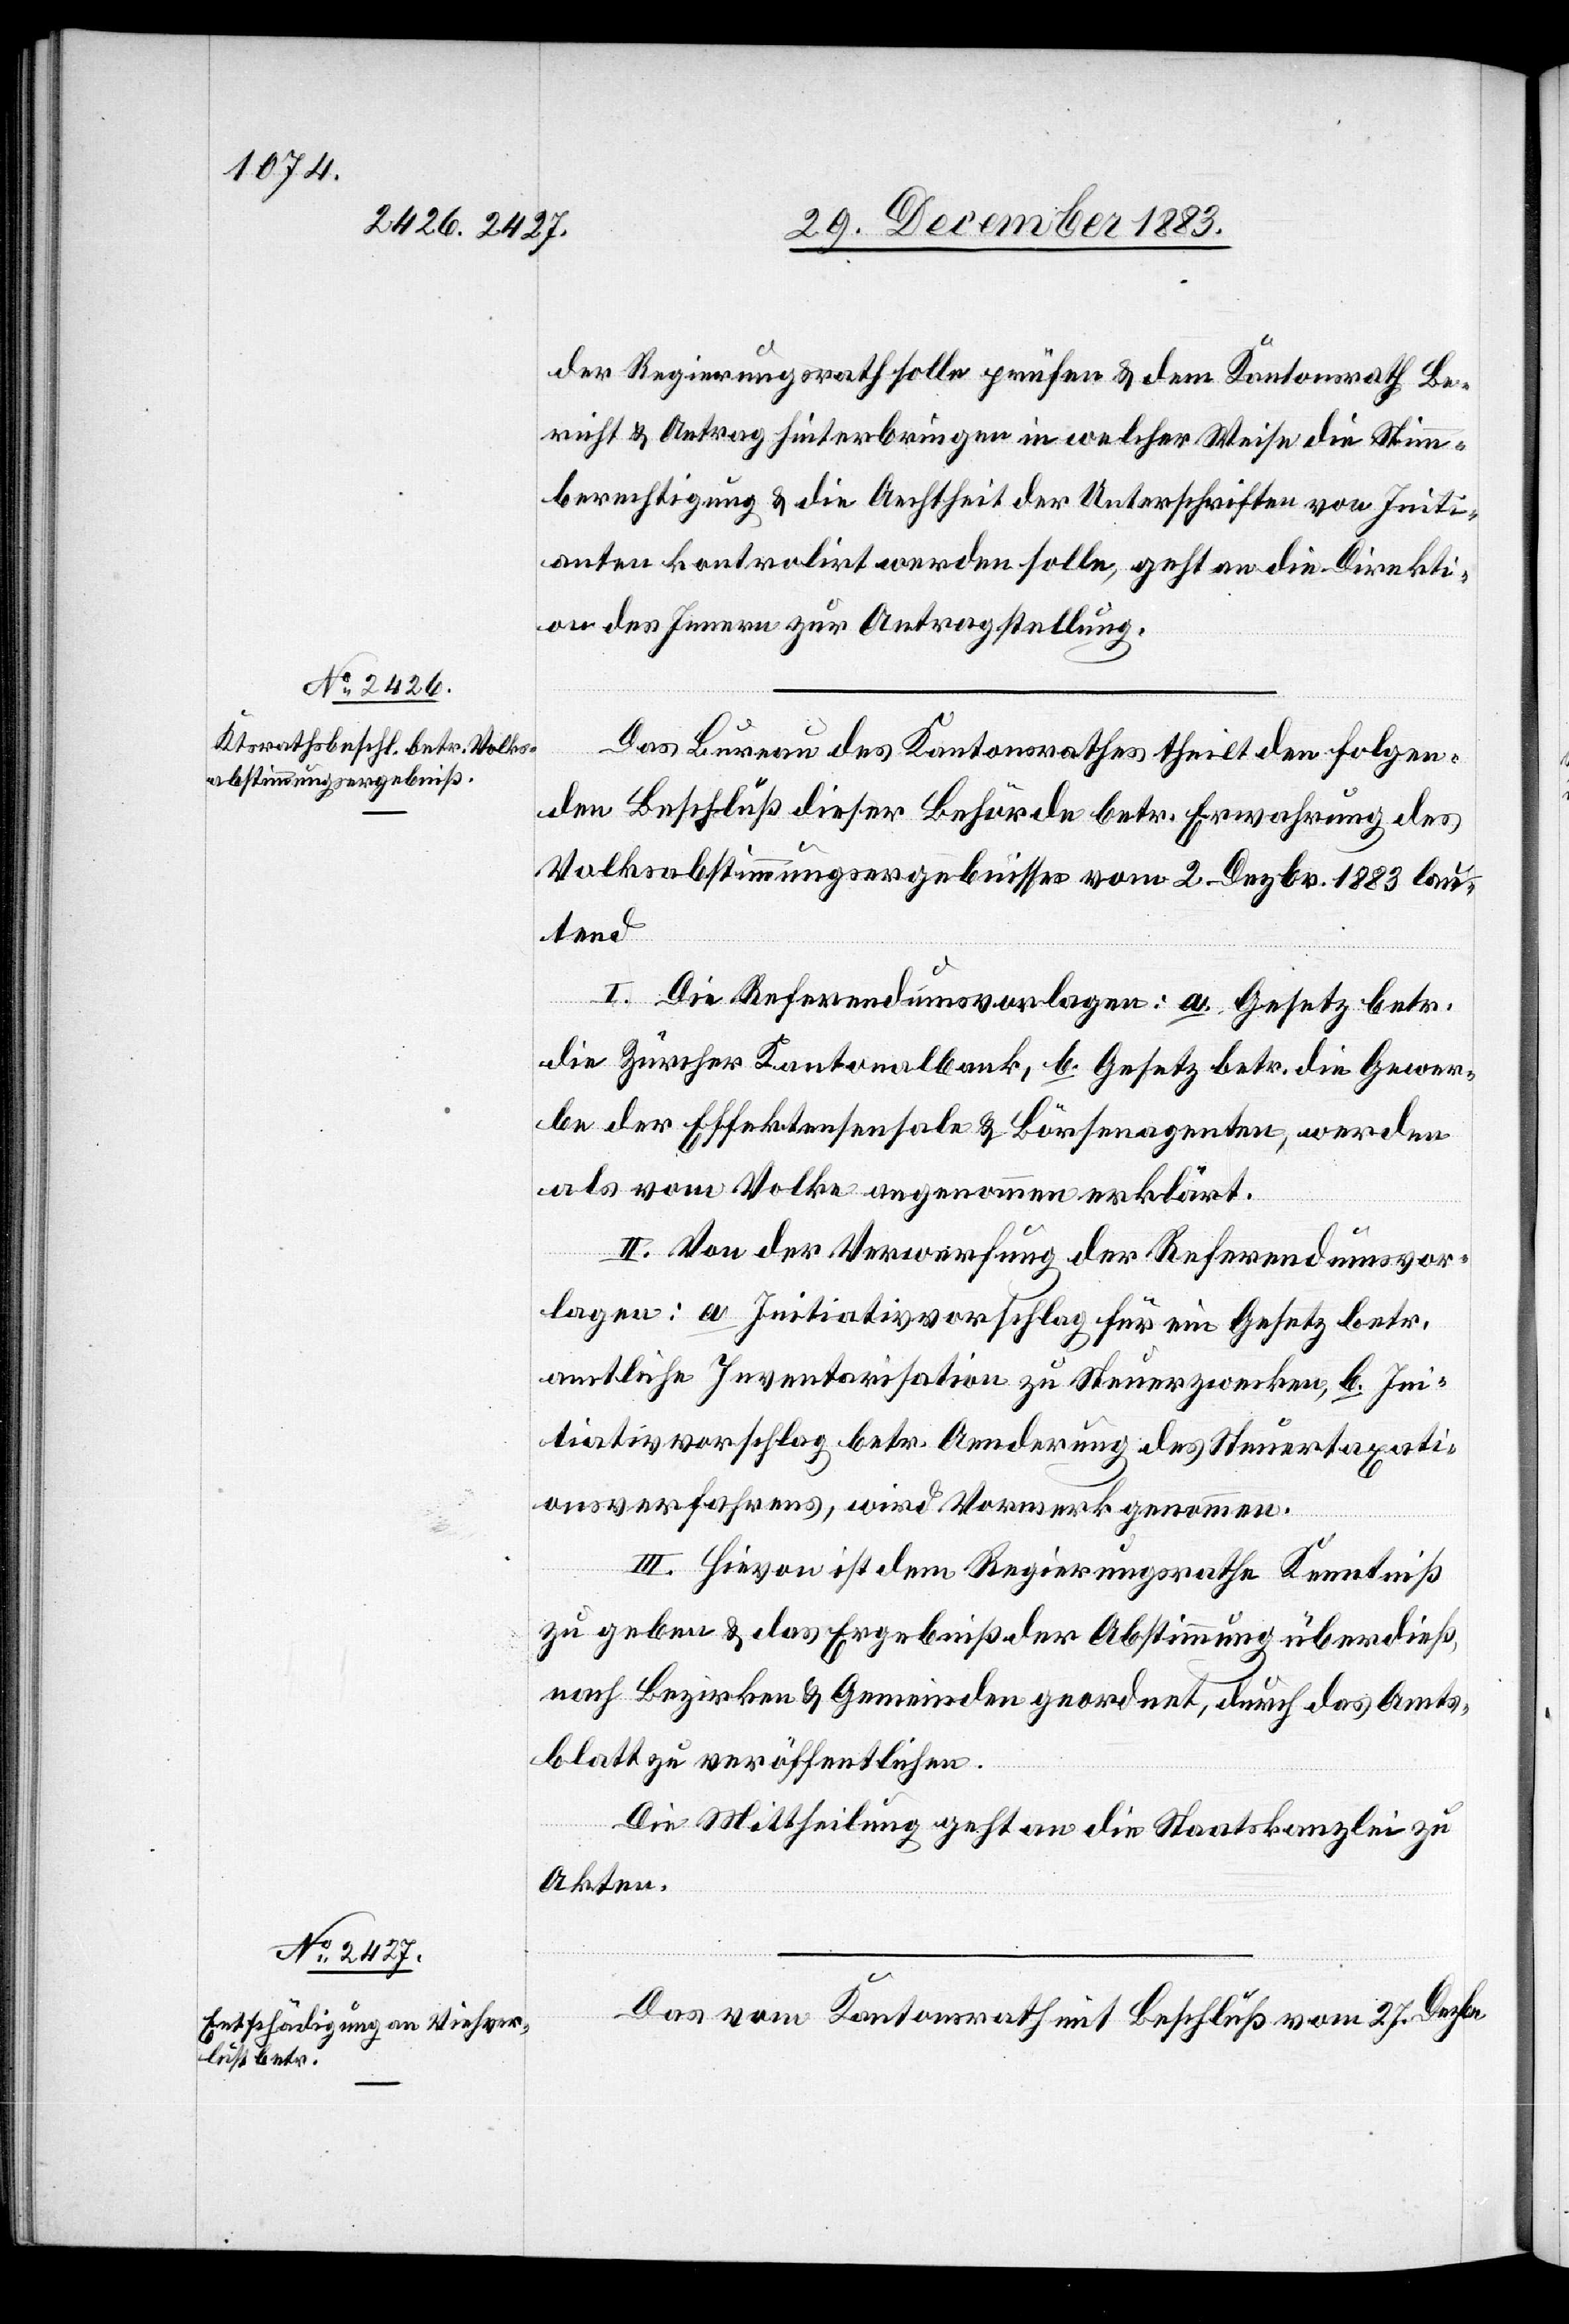
der Regierungsrath solle prüfen & dem Kantonsrath Be¬
richt & Antrag hinterbringen in welcher Weise die Stimm¬
berechtigung & die Aechtheit der Unterschriften von Initi¬
anten kontrolirt werden solle, geht an die Direkti¬
on des Innern zur Antragstellung.
Das Bureau des Kantonsrathes theilt den folgen¬
den Beschluß dieser Behörde betr. Erwahrung des
Volksabstimmungsergebnisses vom 2. Dezbr. 1883 lau¬
tend
I. Die Referendumsvorlagen: a. Gesetz betr.
die Zürcher Kantonalbank, b. Gesetz betr. die Gewer¬
be der Effektensensale & Börsenagenten, werden
als vom Volke angenommen erklärt.
II. Von der Verwerfung der Referendumsvor¬
lagen: a. Initiativvorschlag für ein Gesetz betr.
amtliche Inventarisation zu Steuerzwecken, b. Ini¬
tiativvorschlag betr. Aenderung des Steuertaxati¬
onsverfahrens, wird Vormerk genommen.
III. Hievon ist dem Regierungsrathe Kenntniß
zu geben & das Ergebniß der Abstimmung überdieß,
nach Bezirken & Gemeinden geordnet, durch das Amts¬
blatt zu veröffentlichen.
Die Mittheilung geht an die Staatskanzlei zu
Akten.
Das vom Kantonsrath mit Beschluß vom 27. Dezbr.